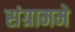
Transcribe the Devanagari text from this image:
संग्राममे